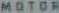
MOTOR